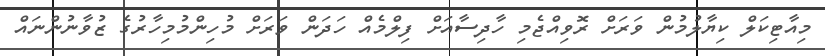
މިއާޓިކަލް ކިޔާލުމުން ވަރަށް ރޮވިއްޖެމި ހާދިސާއަށް ފިލްމެއް ހަދަން ވަރަށް މުހިންމުމިހާރުގެ ޒުވާނުންނައް